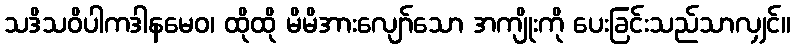
သဒိသဝိပါကဒါနမေဝ၊ ထိုထို မိမိအားလျော်သော အကျိုးကို ပေးခြင်းသည်သာလျှင်။